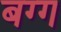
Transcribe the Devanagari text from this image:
बग्ग